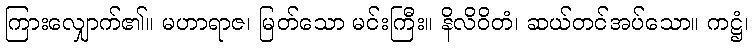
ကြားလျှောက်၏။ မဟာရာဇ၊ မြတ်သော မင်းကြီး။ နိလိဝိတံ၊ ဆယ်တင်အပ်သော။ ကဋ္ဌံ၊